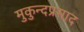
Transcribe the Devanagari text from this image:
मुकुन्दप्रसाद